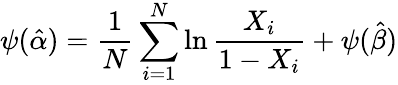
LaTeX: \psi({\hat{\alpha}})={\frac{1}{N}}\sum_{i=1}^{N}\ln{\frac{X_{i}}{1-X_{i}}}+\psi({\hat{\beta}})